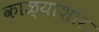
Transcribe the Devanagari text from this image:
काळ्याशार